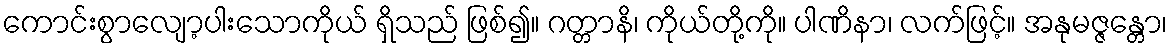
ကောင်းစွာလျော့ပါးသောကိုယ် ရှိသည် ဖြစ်၍။ ဂတ္တာနိ၊ ကိုယ်တို့ကို။ ပါဏိနာ၊ လက်ဖြင့်။ အနုမဇ္ဇန္တော၊